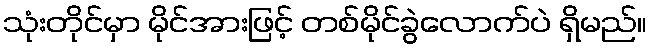
သုံးတိုင်မှာ မိုင်အားဖြင့် တစ်မိုင်ခွဲလောက်ပဲ ရှိမည်။